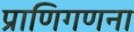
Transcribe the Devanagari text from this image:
प्राणिगणना